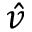
\hat { v }